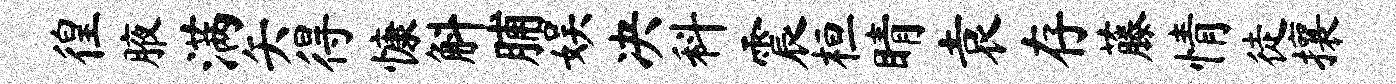
徨腋满矢得慷斛脯娱决科震桓睛袁存藤情徒攘